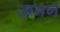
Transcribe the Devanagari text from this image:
ऊमन